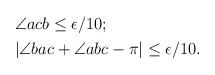
LaTeX: \begin{align*} \begin{aligned}&\angle acb \le \epsilon/10; \\&|\angle bac + \angle abc -\pi| \le \epsilon/10. \end{aligned}\end{align*}